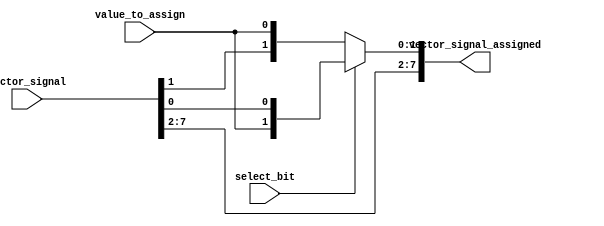
module bit_select_assign(
    input [7:0] vector_signal,
    input select_bit,
    input value_to_assign,
    output reg [7:0] vector_signal_assigned
);

always @(*) begin
    if (select_bit == 0)
        vector_signal_assigned = {vector_signal[7:1], value_to_assign};
    else if (select_bit == 1)
        vector_signal_assigned = {vector_signal[7:2], value_to_assign, vector_signal[0]};
    else if (select_bit == 2)
        vector_signal_assigned = {vector_signal[7:3], value_to_assign, vector_signal[1:0]};
    // Add more if-else statements for additional select bits as needed
    else
        vector_signal_assigned = vector_signal; // Default assignment if select_bit is out of range
end

endmodule